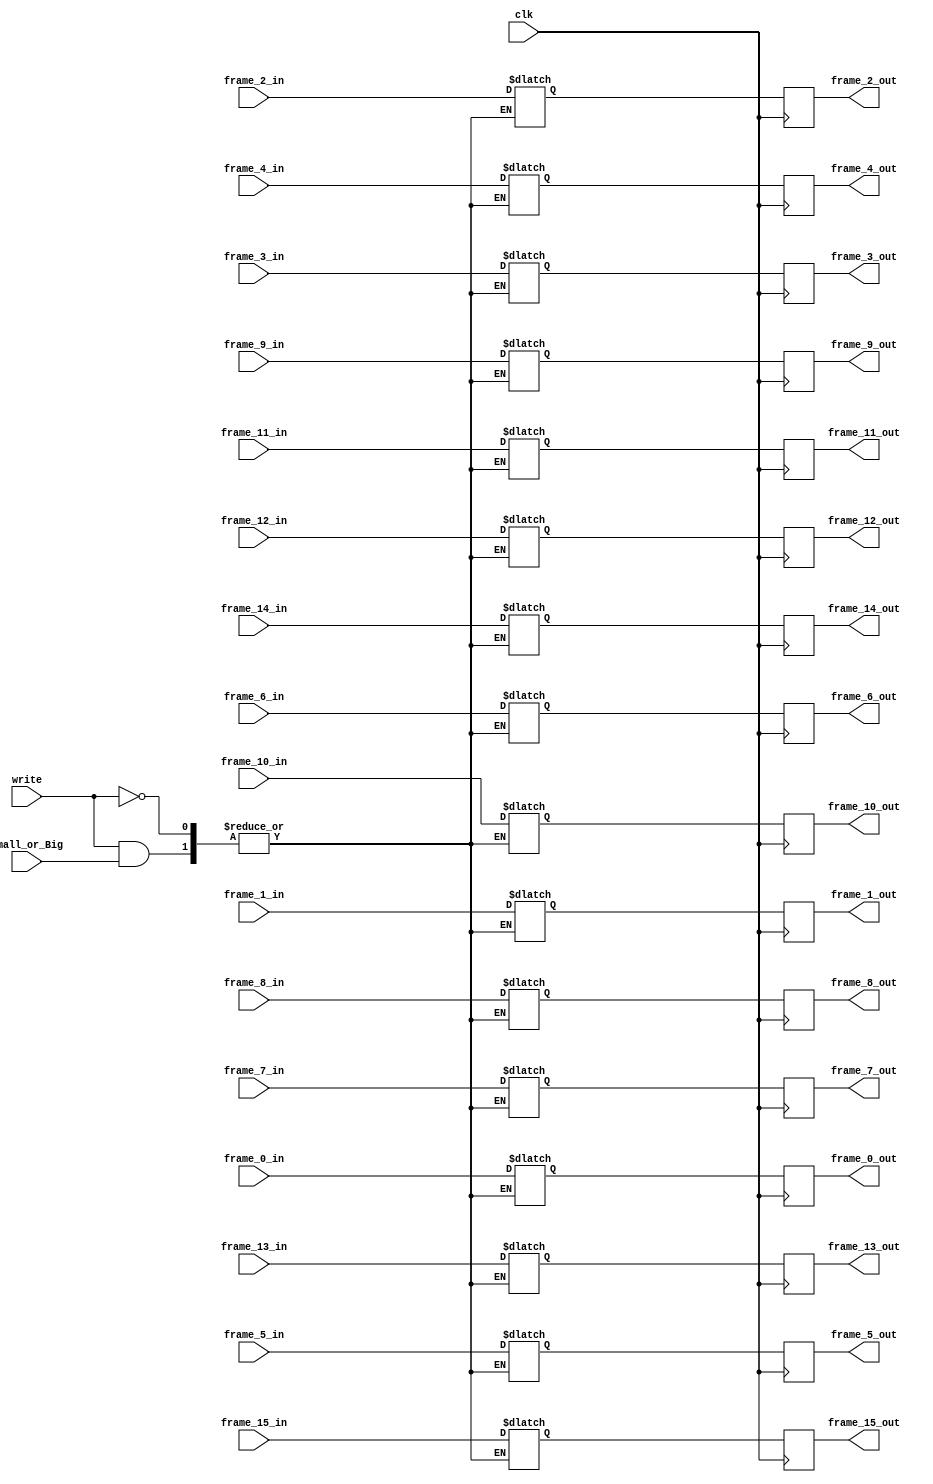
`timescale 1ns / 1ps
//////////////////////////////////////////////////////////////////////////////////
// Company: 
// Engineer: 
// 
// Design Name: 
// Module Name: RegFile_W0
// Project Name: 
// Target Devices: 
// Tool Versions: 
// Description: 
// 
// Dependencies: 
// 
// Revision:
// Revision 0.01 - File Created
// Additional Comments:
// 
//////////////////////////////////////////////////////////////////////////////////


module RegFile_W0(clk, Small_or_Big, frame_0_in, frame_1_in, frame_2_in, frame_3_in, frame_4_in, frame_5_in, frame_6_in, frame_7_in, frame_8_in, frame_9_in, frame_10_in, frame_11_in, frame_12_in, frame_13_in, 
                frame_14_in, frame_15_in, frame_0_out, frame_1_out, frame_2_out, frame_3_out, frame_4_out, frame_5_out, frame_6_out, frame_7_out, frame_8_out, frame_9_out, frame_10_out, frame_11_out, frame_12_out, frame_13_out, 
                frame_14_out, frame_15_out, write);
                
input Small_or_Big, clk, write;
input [31:0] frame_0_in, frame_1_in, frame_2_in, frame_3_in, frame_4_in, frame_5_in, frame_6_in, frame_7_in, frame_8_in, frame_9_in, frame_10_in, frame_11_in, frame_12_in, frame_13_in, 
                frame_14_in, frame_15_in;
output reg [31:0]  frame_0_out, frame_1_out, frame_2_out, frame_3_out, frame_4_out, frame_5_out, frame_6_out, frame_7_out, frame_8_out, frame_9_out, frame_10_out, frame_11_out, frame_12_out, frame_13_out, 
                frame_14_out, frame_15_out;
reg [31:0] registerFrame [0:15];
integer i;

initial begin
    //set all the registers to zero
    for(i = 0; i <= 15; i = i + 1) begin
       registerFrame[i] <= 32'b0;
    end
end

always @(*) begin
    if (write) begin
        if (Small_or_Big == 0) begin 
            //write at Big (Small_or_Big == 0)
            registerFrame[0] <= frame_0_in; registerFrame[1] <= frame_1_in; registerFrame[2] <= frame_2_in; registerFrame[3] <= frame_3_in; 
            registerFrame[4] <= frame_4_in; registerFrame[5] <= frame_5_in; registerFrame[6] <= frame_6_in; registerFrame[7] <= frame_7_in; 
            registerFrame[8] <= frame_8_in; registerFrame[9] <= frame_9_in; registerFrame[10] <= frame_10_in; registerFrame[11] <= frame_11_in; 
            registerFrame[12] <= frame_12_in; registerFrame[13] <= frame_13_in; registerFrame[14] <= frame_14_in; registerFrame[15] <= frame_15_in;
        end 
    end
end

always @(negedge clk) begin
    //send all frame content
    frame_0_out <= registerFrame[0]; frame_1_out <= registerFrame[1]; frame_2_out <= registerFrame[2]; frame_3_out <= registerFrame[3]; 
    frame_4_out <= registerFrame[4]; frame_5_out <= registerFrame[5]; frame_6_out <= registerFrame[6]; frame_7_out <= registerFrame[7];
    frame_8_out <= registerFrame[8]; frame_9_out <= registerFrame[9]; frame_10_out <= registerFrame[10]; frame_11_out <= registerFrame[11]; 
    frame_12_out <= registerFrame[12]; frame_13_out <= registerFrame[13]; frame_14_out <= registerFrame[14]; frame_15_out <= registerFrame[15];
		
end    

endmodule